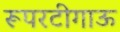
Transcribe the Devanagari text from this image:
रूपरटीगाऊ